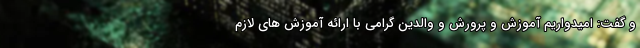
و گفت: امیدواریم آموزش و پرورش و والدین گرامی با ارائه آموزش های لازم